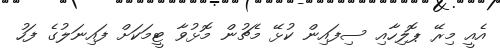
އެއީ މިރޭ ޕޮލިހާއި ސިފައިން ކުޅޭ މެޗުން މޮޅުވާ ޓީމަކަށް ފައިނަލުގެ ފަހު